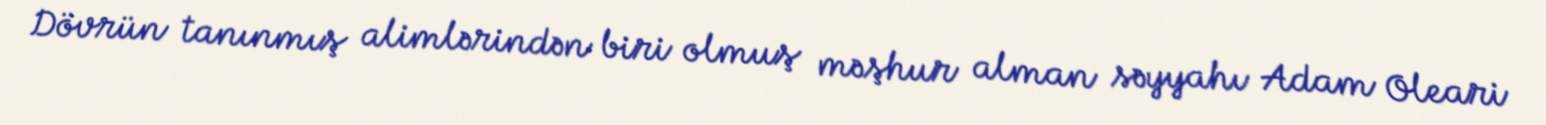
Dövrün tanınmış alimlərindən biri olmuş məşhur alman səyyahı Adam Oleari